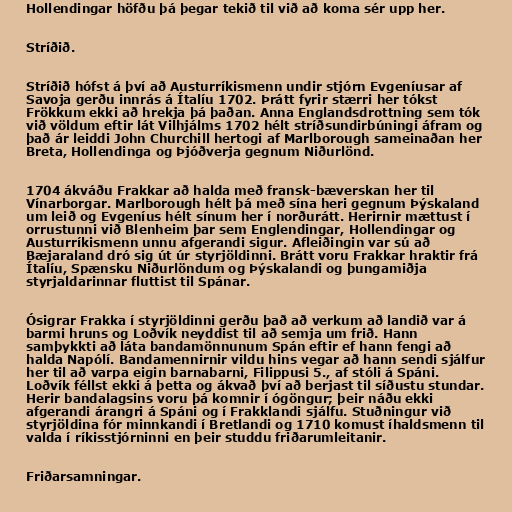
Hollendingar höfðu þá þegar tekið til við að koma sér upp her.

Stríðið.

Stríðið hófst á því að Austurríkismenn undir stjórn Evgeníusar af
Savoja gerðu innrás á Ítalíu 1702. Þrátt fyrir stærri her tókst
Frökkum ekki að hrekja þá þaðan. Anna Englandsdrottning sem tók
við völdum eftir lát Vilhjálms 1702 hélt stríðsundirbúningi áfram og
það ár leiddi John Churchill hertogi af Marlborough sameinaðan her
Breta, Hollendinga og Þjóðverja gegnum Niðurlönd.

1704 ákváðu Frakkar að halda með fransk-bæverskan her til
Vínarborgar. Marlborough hélt þá með sína heri gegnum Þýskaland
um leið og Evgeníus hélt sínum her í norðurátt. Herirnir mættust í
orrustunni við Blenheim þar sem Englendingar, Hollendingar og
Austurríkismenn unnu afgerandi sigur. Afleiðingin var sú að
Bæjaraland dró sig út úr styrjöldinni. Brátt voru Frakkar hraktir frá
Ítalíu, Spænsku Niðurlöndum og Þýskalandi og þungamiðja
styrjaldarinnar fluttist til Spánar.

Ósigrar Frakka í styrjöldinni gerðu það að verkum að landið var á
barmi hruns og Loðvík neyddist til að semja um frið. Hann
samþykkti að láta bandamönnunum Spán eftir ef hann fengi að
halda Napólí. Bandamennirnir vildu hins vegar að hann sendi sjálfur
her til að varpa eigin barnabarni, Filippusi 5., af stóli á Spáni.
Loðvík féllst ekki á þetta og ákvað því að berjast til síðustu stundar.
Herir bandalagsins voru þá komnir í ógöngur; þeir náðu ekki
afgerandi árangri á Spáni og í Frakklandi sjálfu. Stuðningur við
styrjöldina fór minnkandi í Bretlandi og 1710 komust íhaldsmenn til
valda í ríkisstjórninni en þeir studdu friðarumleitanir.

Friðarsamningar.